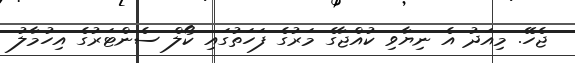
ޖެހޭ. މިއަދު އެ ނިޔާވި ކުއްޖާގެ މަރުގެ ފަހަތުގައި ކޯލް ސެންޓަރުގެ އިހުމާލު